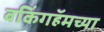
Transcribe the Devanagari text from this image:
बकिंगहॅमच्या